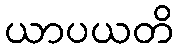
ယာပယတိ